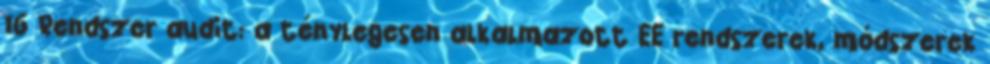
16 Rendszer audit: a ténylegesen alkalmazott EE rendszerek, módszerek